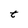
Character: t